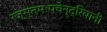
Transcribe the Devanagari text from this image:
रज्स्तमःपचेन्द्रियानी